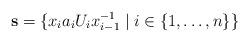
LaTeX: \begin{align*}\mathbf{s}=\{x_ia_iU_ix_{i-1}^{-1}\mid i\in\{1, \ldots, n\}\}\end{align*}